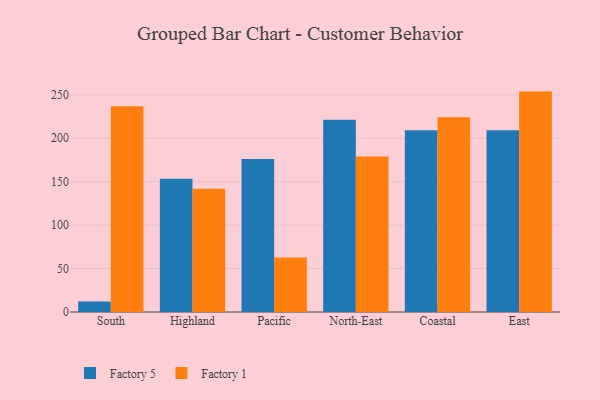
{"axis": {"x": "Region", "y": "Latency (ms)"}, "legend": ["Factory 1", "Factory 5"], "data": [{"x": "South", "y": 12.1, "type": "Factory 5"}, {"x": "South", "y": 236.8, "type": "Factory 1"}, {"x": "Highland", "y": 153.3, "type": "Factory 5"}, {"x": "Highland", "y": 141.9, "type": "Factory 1"}, {"x": "Pacific", "y": 176.1, "type": "Factory 5"}, {"x": "Pacific", "y": 62.6, "type": "Factory 1"}, {"x": "North-East", "y": 221.4, "type": "Factory 5"}, {"x": "North-East", "y": 179.1, "type": "Factory 1"}, {"x": "Coastal", "y": 209.2, "type": "Factory 5"}, {"x": "Coastal", "y": 224.2, "type": "Factory 1"}, {"x": "East", "y": 209.1, "type": "Factory 5"}, {"x": "East", "y": 253.7, "type": "Factory 1"}]}